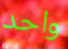
واحد